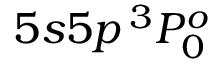
5 s 5 p \, ^ { 3 } P _ { 0 } ^ { o }